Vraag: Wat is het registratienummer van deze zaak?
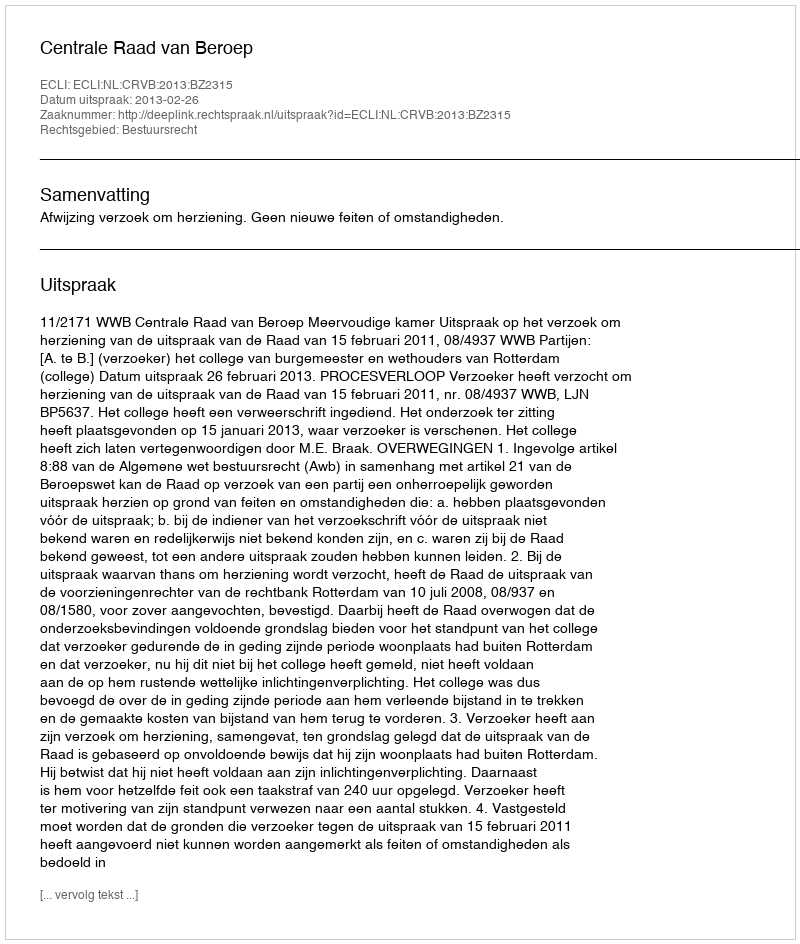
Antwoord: http://deeplink.rechtspraak.nl/uitspraak?id=ECLI:NL:CRVB:2013:BZ2315